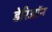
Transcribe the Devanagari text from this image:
डेरिऑन